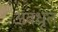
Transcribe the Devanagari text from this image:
अवधृत